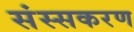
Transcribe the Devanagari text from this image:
संस्सकरण